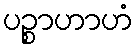
ပဉ္စာဟာဟံ